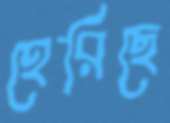
হেরিছে